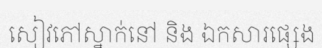
សៀវភៅស្នាក់នៅ និង ឯកសារផ្សេង